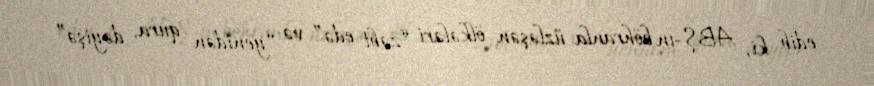
edib ki, ABŞ-ın böhranla üzləşən ölkələri “zəbt edə” və “yenidən qura, dəyişə”